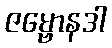
ဇမ္ဗောနဒါ